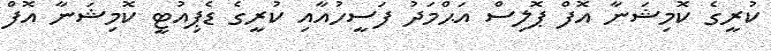
ކުރީގެ ކޮމިޝަނާ އޮފް ޕޮލިސް އަޙްމަދު ފަސީހުއާއި ކުރީގެ ޑެޕިއުޓީ ކޮމިޝަނާ އޮފް